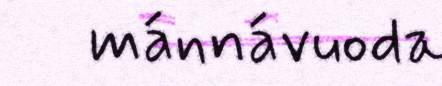
mánnávuoda